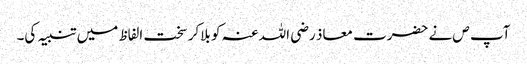
آپ ص نے حضرت معاذ رضی اللہ عنہ کو بلاکر سخت الفاظ میں تنبیہ کی۔